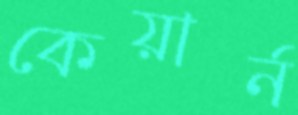
কেয়ার্ন